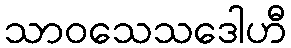
သာဝသေသဒေါဟီ